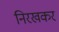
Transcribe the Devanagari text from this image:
निरखकर